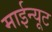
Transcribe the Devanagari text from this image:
माईन्यूट